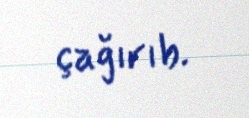
çağırıb.